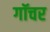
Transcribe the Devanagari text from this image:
गॉचर